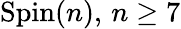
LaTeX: \operatorname{Spin}(n),\, n\geq 7